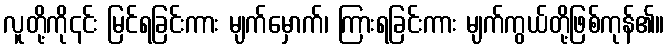
လူတို့ကို၎င်း မြင်ရခြင်းကား မျက်မှောက်၊ ကြားရခြင်းကား မျက်ကွယ်တို့ဖြစ်ကုန်၏။